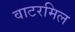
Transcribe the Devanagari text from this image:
वाटरमिल